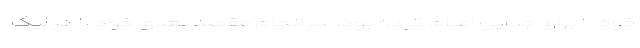
خود را برای جدایی اعلام کرده بود، سرانجام مقصد بعدی خود را در لیگ